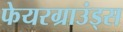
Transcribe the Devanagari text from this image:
फेयरग्राउंड्स